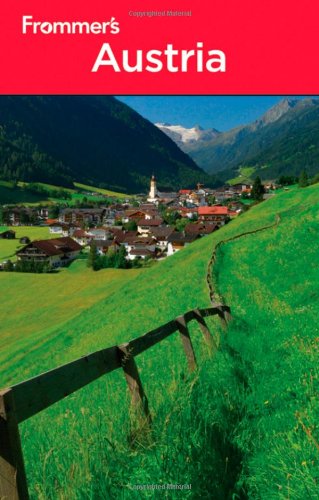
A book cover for Frommer's Austria (Frommer's Complete Guides); Dardis McNamee; Travel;